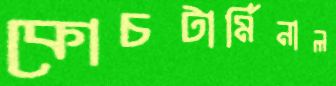
কোচটার্মিনাল